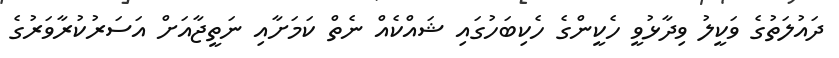
ދައުލަތުގެ ވަކީލު ވިދާޅުވީ ހެކީންގެ ހެކިބަހުގައި ޝައްކެއް ނެތް ކަމަށާއި ނަތީޖާއަށް އަސަރުކުރާވަރުގެ